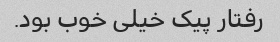
رفتار پیک خیلی خوب بود.